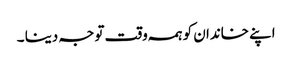
اپنے خاندان کو ہمہ وقت توجہ دینا ۔